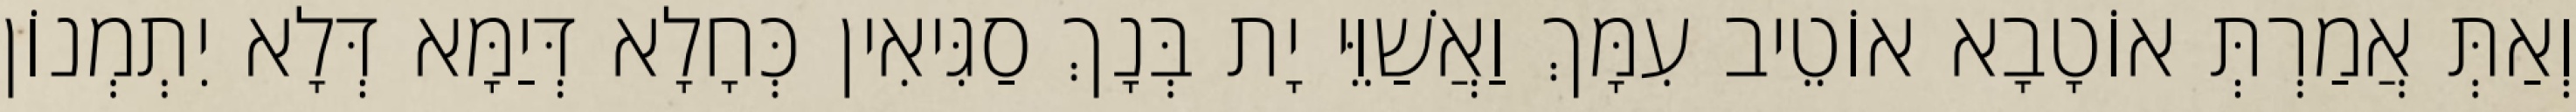
וְאַתְּ אֲמַרְתְּ אוֹטָבָא אוֹטֵיב עִמָּךְ וַאֲשַׁוֵּי יָת בְּנָךְ סַגִּיאִין כְּחָלָא דְּיַמָּא דְּלָא יִתְמְנוֹן